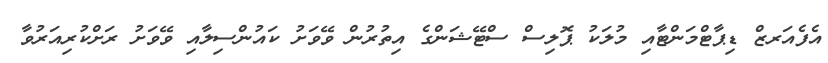
އެފެއަރޒް ޑިޕާޓްމަންޓާއި މުލަކު ޕޮލިސް ސްޓޭޝަންގެ އިތުރުން ވޭވަށު ކައުންސިލާއި ވޭވަށު ރަށްކުރިއަރުވާ